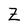
Character: Z